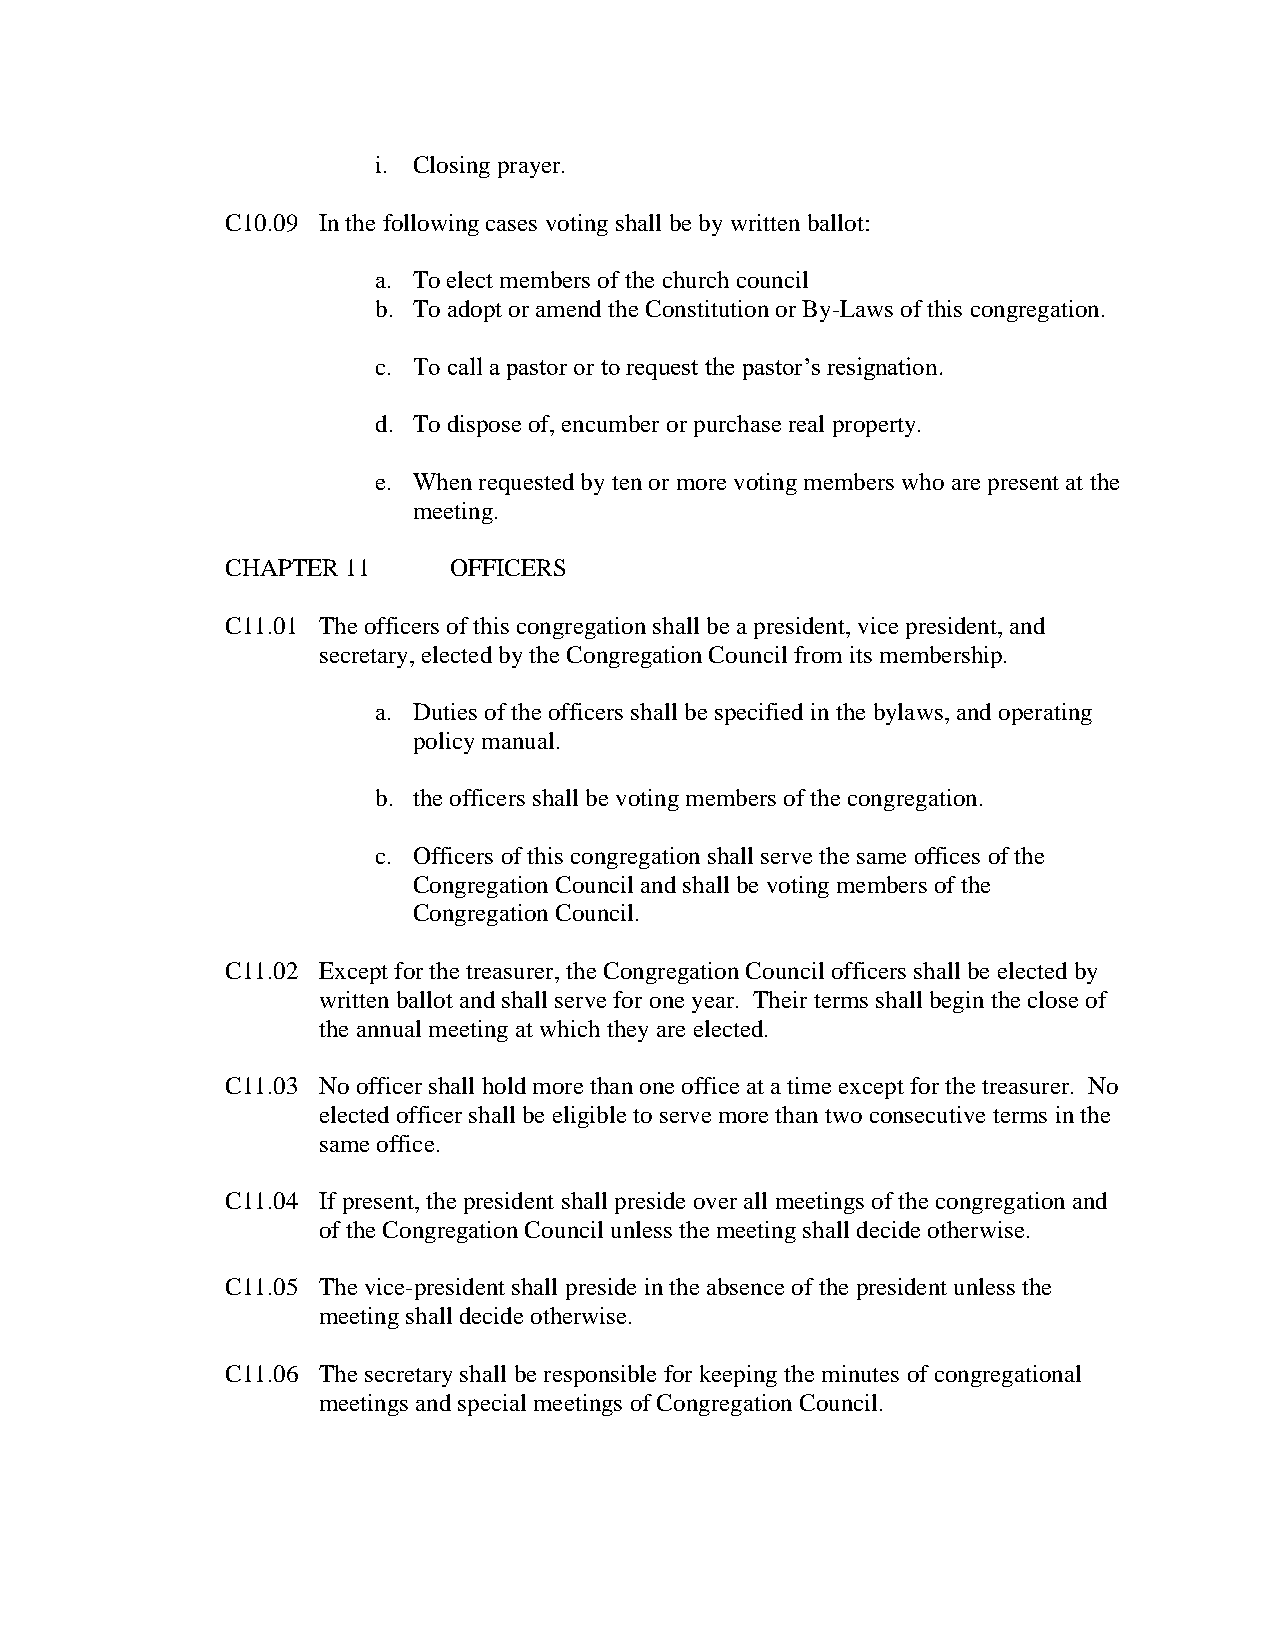
i. Closing prayer.
 C10.09 In the following cases voting shall be by written ballot:
 a. To elect members of the church council
 b. To adopt or amend the Constitution or By-Laws of this congregation.
 c. To call a pastor or to request the pastor’s resignation.
 d. To dispose of, encumber or purchase real property.
 e. When requested by ten or more voting members who are present at the
 meeting.
 CHAPTER 11     OFFICERS
 C11.01 The officers of this congregation shall be a president, vice president, and
 secretary, elected by the Congregation Council from its membership.
 a. Duties of the officers shall be specified in the bylaws, and operating
 policy manual.
 b. the officers shall be voting members of the congregation.
 c. Officers of this congregation shall serve the same offices of the
 Congregation Council and shall be voting members of the
 Congregation Council.
 C11.02 Except for the treasurer, the Congregation Council officers shall be elected by
 written ballot and shall serve for one year. Their terms shall begin the close of
 the annual meeting at which they are elected.
 C11.03 No officer shall hold more than one office at a time except for the treasurer. No
 elected officer shall be eligible to serve more than two consecutive terms in the
 same office.
 C11.04 If present, the president shall preside over all meetings of the congregation and
 of the Congregation Council unless the meeting shall decide otherwise.
 C11.05 The vice-president shall preside in the absence of the president unless the
 meeting shall decide otherwise.
 C11.06 The secretary shall be responsible for keeping the minutes of congregational
 meetings and special meetings of Congregation Council.